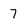
Character: 7